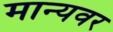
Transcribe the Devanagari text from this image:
मान्‍यवर